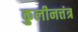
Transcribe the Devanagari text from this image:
कुलीनत्तंत्र